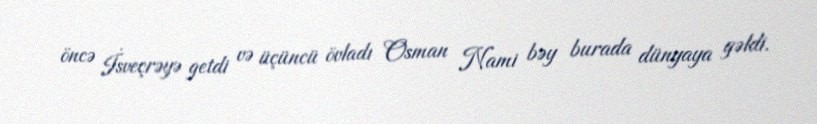
öncə İsveçrəyə getdi və üçüncü övladı Osman Nami bəy burada dünyaya gəldi.